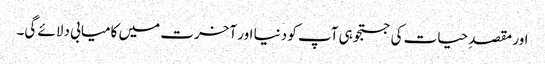
اور مقصدِ حیات کی جستجو ہی آپ کو دنیا اور آخرت میں کامیابی دلائے گی۔